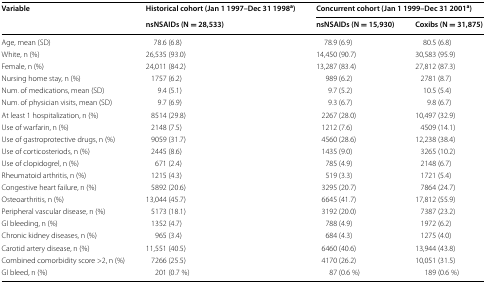
<table><thead><tr><td rowspan="2"><b>Variable</b></td><td><b>Historical cohort (Jan 1 1997–Dec 31 1998<sup>a</sup>)</b></td><td colspan="2"><b>Concurrent cohort (Jan 1 1999–Dec 31 2001<sup>a</sup>)</b></td></tr><tr><td><b>nsNSAIDs (N = 28,533)</b></td><td><b>nsNSAIDs (N = 15,930)</b></td><td><b>Coxibs (N = 31,875)</b></td></tr></thead><tbody><tr><td>Age, mean (SD)</td><td>78.6 (6.8)</td><td>78.9 (6.9)</td><td>80.5 (6.8)</td></tr><tr><td>White, n (%)</td><td>26,535 (93.0)</td><td>14,450 (90.7)</td><td>30,583 (95.9)</td></tr><tr><td>Female, n (%)</td><td>24,011 (84.2)</td><td>13,287 (83.4)</td><td>27,812 (87.3)</td></tr><tr><td>Nursing home stay, n (%)</td><td>1757 (6.2)</td><td>989 (6.2)</td><td>2781 (8.7)</td></tr><tr><td>Num. of medications, mean (SD)</td><td>9.4 (5.1)</td><td>9.7 (5.2)</td><td>10.5 (5.4)</td></tr><tr><td>Num. of physician visits, mean (SD)</td><td>9.7 (6.9)</td><td>9.3 (6.7)</td><td>9.8 (6.7)</td></tr><tr><td>At least 1 hospitalization, n (%)</td><td>8514 (29.8)</td><td>2267 (28.0)</td><td>10,497 (32.9)</td></tr><tr><td>Use of warfarin, n (%)</td><td>2148 (7.5)</td><td>1212 (7.6)</td><td>4509 (14.1)</td></tr><tr><td>Use of gastroprotective drugs, n (%)</td><td>9059 (31.7)</td><td>4560 (28.6)</td><td>12,238 (38.4)</td></tr><tr><td>Use of corticosteriods, n (%)</td><td>2445 (8.6)</td><td>1435 (9.0)</td><td>3265 (10.2)</td></tr><tr><td>Use of clopidogrel, n (%)</td><td>671 (2.4)</td><td>785 (4.9)</td><td>2148 (6.7)</td></tr><tr><td>Rheumatoid arthritis, n (%)</td><td>1215 (4.3)</td><td>519 (3.3)</td><td>1721 (5.4)</td></tr><tr><td>Congestive heart failure, n (%)</td><td>5892 (20.6)</td><td>3295 (20.7)</td><td>7864 (24.7)</td></tr><tr><td>Osteoarthritis, n (%)</td><td>13,044 (45.7)</td><td>6645 (41.7)</td><td>17,812 (55.9)</td></tr><tr><td>Peripheral vascular disease, n (%)</td><td>5173 (18.1)</td><td>3192 (20.0)</td><td>7387 (23.2)</td></tr><tr><td>GI bleeding, n (%)</td><td>1352 (4.7)</td><td>788 (4.9)</td><td>1972 (6.2)</td></tr><tr><td>Chronic kidney diseases, n (%)</td><td>965 (3.4)</td><td>684 (4.3)</td><td>1275 (4.0)</td></tr><tr><td>Carotid artery disease, n (%)</td><td>11,551 (40.5)</td><td>6460 (40.6)</td><td>13,944 (43.8)</td></tr><tr><td>Combined comorbidity score &gt;2, n (%)</td><td>7266 (25.5)</td><td>4170 (26.2)</td><td>10,051 (31.5)</td></tr><tr><td>GI bleed, n (%)</td><td>201 (0.7 %)</td><td>87 (0.6 %)</td><td>189 (0.6 %)</td></tr></tbody></table>